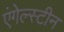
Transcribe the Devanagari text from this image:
एंगेल्स्टीन